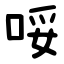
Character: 哸